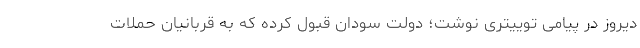
دیروز در پیامی توییتری نوشت؛ دولت سودان قبول کرده که به قربانیان حملات